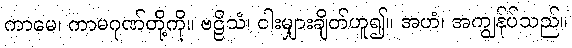
ကာမေ၊ ကာမဂုဏ်တို့ကို။ ဗဠိသံ၊ ငါးမျှားချိတ်ဟူ၍။ အဟံ၊ အကျွန်ုပ်သည်။